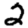
Digit: 2